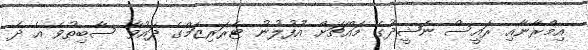
އިމްރާނާއި ރައީސް ނަޝީދުގެ މައްޗަށް އުފުލުނު ޓެރަރިޒަމްގެ ދައުވާ ސާބިތުވެ އެ ދެ